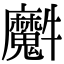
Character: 𤜘